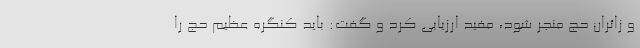
و زائران حج منجر شود، مفید ارزیابی کرد و گفت: باید کنگره عظیم حج را